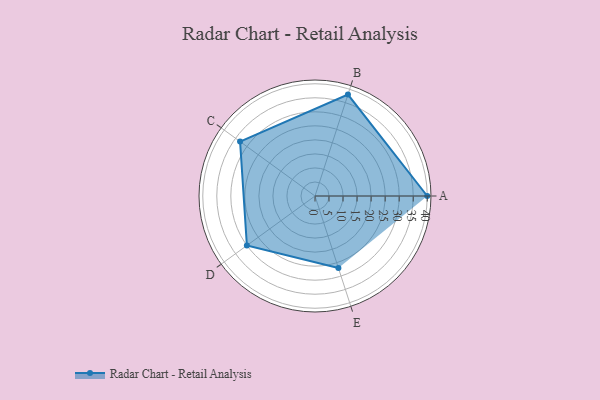
{"axis": {"x": "Skill", "y": "Score"}, "legend": ["Profile"], "data": [{"x": "A", "y": 40.0, "type": "Profile"}, {"x": "B", "y": 38.0, "type": "Profile"}, {"x": "C", "y": 33.0, "type": "Profile"}, {"x": "D", "y": 30.0, "type": "Profile"}, {"x": "E", "y": 27.0, "type": "Profile"}]}